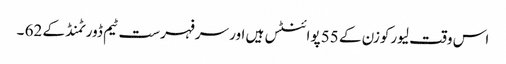
اس وقت لیورکوزن کے 55 پوائنٹس ہیں اور سرفہرست ٹیم ڈورٹمنڈ کے 62 ۔